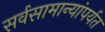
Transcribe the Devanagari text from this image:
सर्वसामान्यांपर्यत